system: You are a helpful assistant.
user:
Analyze the provided spectrum to determine if it is a **M-type Giant (gM)**.

A M-type Giant spectrum is defined by its **strong molecular absorption** features, particularly from **Titanium Oxide (TiO)**. You must check for one of the following mutually exclusive signatures:

- **Key Visual Indicators (Absorption-Dominated Spectrum):**

    - **(Primary):** The spectrum is dominated by strong molecular absorption from **Titanium Oxide (TiO)**. This is the **defining feature** of its M-type temperature class.
        - **(Key Bandheads):** Look for sharp, "saw-tooth" absorption valleys. The strongest are located near **~7050 Å**, **~6160 Å**, and **~5170 Å**.
        - **(Line Profile):** The "saw-tooth" morphology is critical: a **sharp, steep drop on the BLUE (short-wavelength) side** of the bandhead, followed by a gradual recovery (rising flux) towards the RED (long-wavelength) side.

    - **(Key Confirmation - Giant vs. Dwarf):** **ABSENCE** of strong **Calcium Hydride (CaH)** molecular bands. This is the primary diagnostic for *excluding* M-dwarfs.
        - **(Key Region):** The spectrum should lack the strong, broad absorption band seen in dwarfs between **~6800 Å and ~7000 Å**.

    - **(Secondary Confirmation - Giant):** A very strong and broad **Neutral Calcium (Ca I)** atomic absorption line.
        - **(Key Line):** Located at **~4226 Å**. In a giant (gM), this line is significantly deeper and broader than the same line in an M-dwarf (dM) due to low surface gravity.

    - **(Overall Spectrum):**
        - The continuum is **extremely red-sloping** (i.e., flux is very low in the blue and rises dramatically towards the red).
        - The entire spectrum appears "chopped up" by the deep TiO bands.

Think first, call **spectral_visualization_tool** if needed to examine features in detail, then provide your final answer. Your response must adhere to the following strict rules:
1.  **Overall Structure:** Your response must follow the format `<think>...</think> <tool_call>...</tool_call> (if a tool is used) <answer>...</answer>`.
2.  **Tool Usage Constraint:** You may only make **one** tool call per turn.
3.  **Final Answer Format:** In the `<answer>` tag, your conclusion must be inside a `\boxed{}` command (e.g., `\boxed{YES}` or `\boxed{NO}`), followed by your justification.

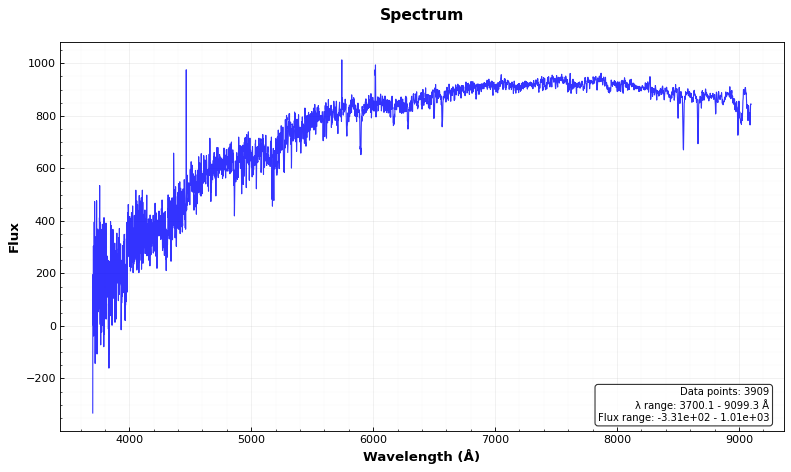
Answer: NO